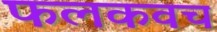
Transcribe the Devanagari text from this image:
फलकवच